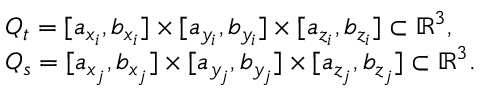
\begin{array} { r l } & { Q _ { t } = [ a _ { x _ { i } } , b _ { x _ { i } } ] \times [ a _ { y _ { i } } , b _ { y _ { i } } ] \times [ a _ { z _ { i } } , b _ { z _ { i } } ] \subset \mathbb { R } ^ { 3 } , } \\ & { Q _ { s } = [ a _ { x _ { j } } , b _ { x _ { j } } ] \times [ a _ { y _ { j } } , b _ { y _ { j } } ] \times [ a _ { z _ { j } } , b _ { z _ { j } } ] \subset \mathbb { R } ^ { 3 } . } \end{array}